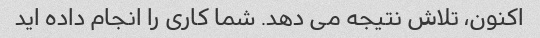
اکنون، تلاش نتیجه می دهد. شما کاری را انجام داده اید